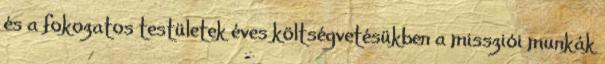
és a fokozatos testületek éves költségvetésükben a missziói munkák